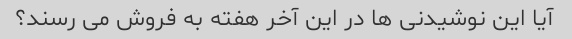
آیا این نوشیدنی ها در این آخر هفته به فروش می رسند؟